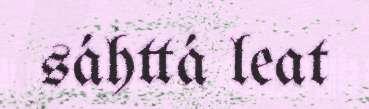
sáhttá leat